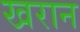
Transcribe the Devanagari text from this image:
खरान